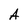
Character: A